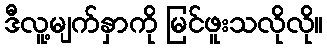
ဒီလူ့မျက်နှာကို မြင်ဖူးသလိုလို။